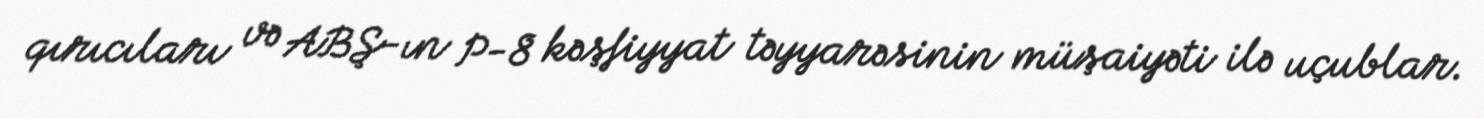
qırıcıları və ABŞ-ın P-8 kəşfiyyat təyyarəsinin müşaiyəti ilə uçublar.